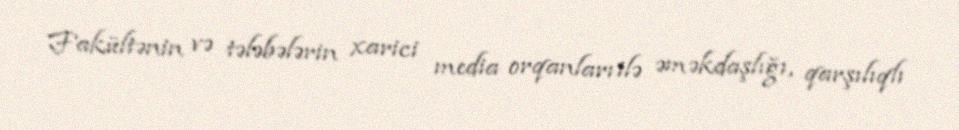
Fakültənin və tələbələrin xarici media orqanları ilə əməkdaşlığı, qarşılıqlı